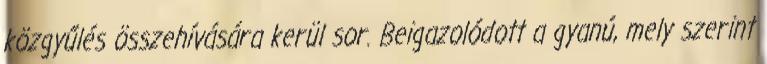
közgyűlés összehívására kerül sor. Beigazolódott a gyanú, mely szerint